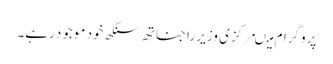
پروگرام میںمرکزی وزیر راجناتھ سنگھ خود موجود رہے۔